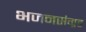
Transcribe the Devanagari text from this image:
भजनसंग्रह